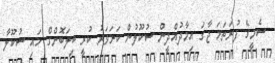
ސެމީގެ ފުރަތަމަ ޖާގަ އިމާދުއްދީން ސުކޫލުން ކަށަވަރު ކުރީ ބިލަބޮންގް ހައި ސުކޫލާ